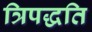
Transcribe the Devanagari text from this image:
त्रिपद्धति